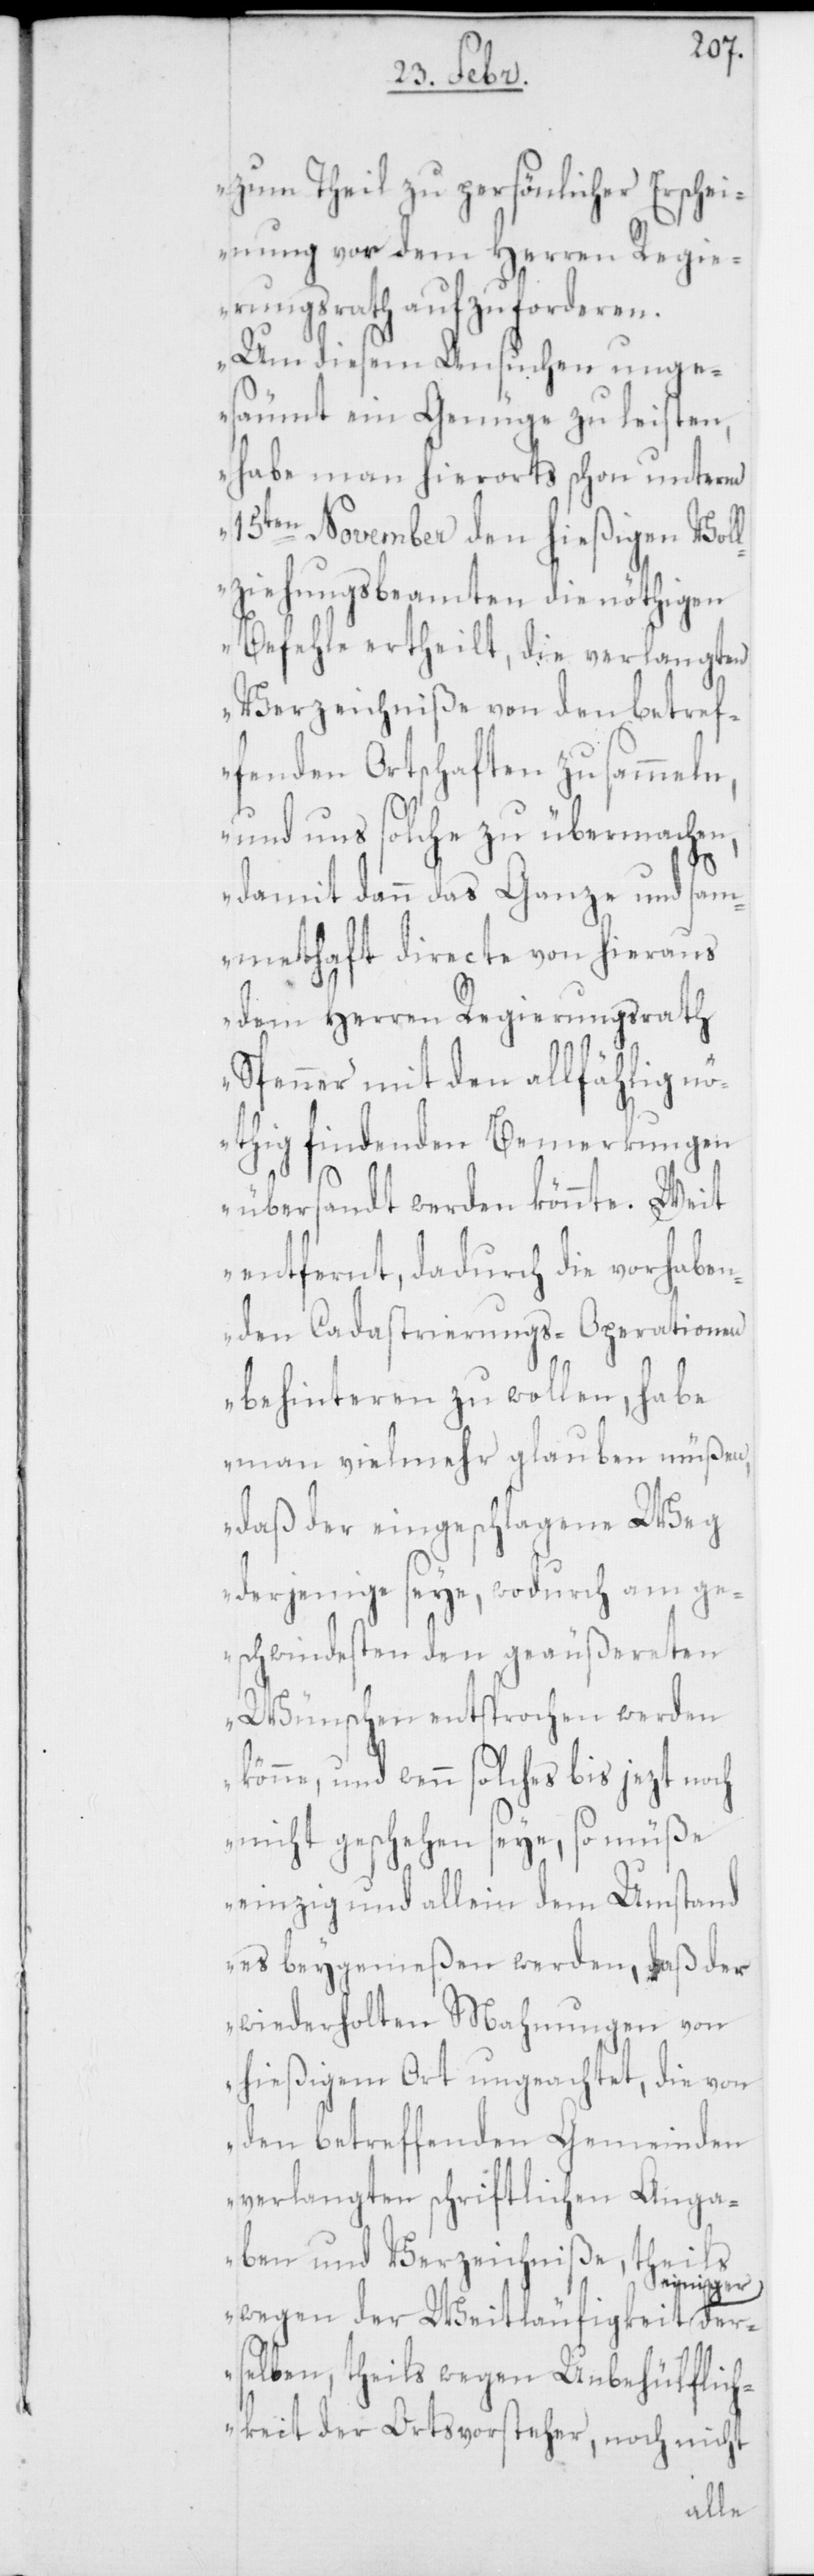
zum Theil zu persönlicher Erschei¬
nung vor dem Herren Regie¬
rungsrath aufzuforderen.
Um diesem Ansuchen unge¬
säumt ein Genüge zu leisten,
habe man hierorts schon unterm
15ten November den hießigen Voll¬
ziehungsbeamten die nöthigen
Befehle ertheilt, die verlangten
Verzeichniße von den betref¬
fenden Ortschaften zu sammeln,
und uns solche zu übermachen,
damit dann das Ganze und sam¬
methaft directe von hieraus
dem Herren Regierungsrath
Spenner mit den allfählig n¬
öthig findenden Bemerkungen
übersandt werden könnte. Weit
entfernt, dadurch die vorhaben¬
den Cadastrierungs-Operationen
behinteren zu wollen, habe
daß der eingeschlagene Weg
derjenige seye, wodurch am ge¬
schwindesten den geäußereten
Wünschen entsprochen werden
könne, und wenn solches bis jezt noch
nicht geschehen seye, so müße
einzig und allein den Umstand
es beygemeßen werden, daß der
wiederholten Mahnungen von
hießigem Ort ungeachtet, die von
den betreffenden Gemeinden
verlangten schriftlichen Anga¬
ben und Verzeichniße, theils
der¬
niger
wegen der Weitläufigkeit ei¬
selben, theils wegen Unbehülflich¬
keit der Ortsvorsteher, noch nicht